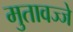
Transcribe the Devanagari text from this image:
मुतावज्जे